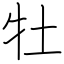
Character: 牡